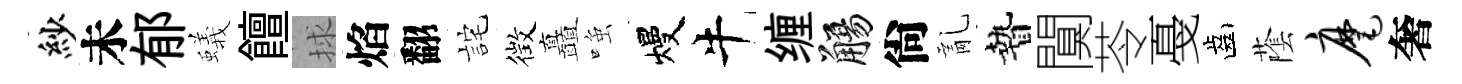
紗未郁蟻饘捄焰翻詫徴矗𫪻熳牛缠觴尙亂贄闃苓戞齒䕃麾奢